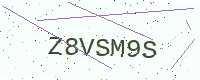
Text: Z8VSM9S